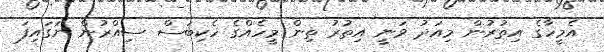
އެމީހާގެ އިތުރުން މިއަދު ވަނީ އިތުރު ތިން މީހެއްގެ ހެކިބަސް ސިއްރުން ނަގައިފަ